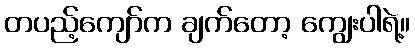
တပည့်ကျော်က ချက်တော့ ကျွေးပါရဲ့။